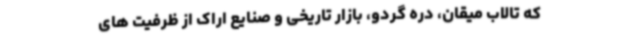
که تالاب میقان، دره گردو، بازار تاریخی و صنایع اراک از ظرفیت های